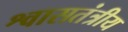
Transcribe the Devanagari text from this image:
श्वासतंत्रीय